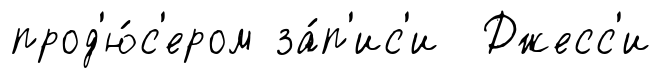
прод'ю́с'ером за́п'ис'и Джесс'и